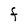
Character: F